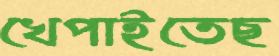
খেপাইতেছ